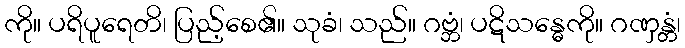
ကို။ ပရိပူရေတိ၊ ပြည့်စေ၏။ သုခံ၊ သည်။ ဂဗ္ဘံ၊ ပဋိသန္ဓေကို။ ဂဏှန္တံ၊